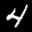
Label: 4